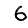
Digit: 6